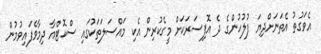
އެވަގުތު އެތަނަށްދިޔަ ފުލުހުންގެ ދެ އޮފިސަރަކަށް މީގެކުރިން އެކި މައްސަލަތަކުގައި ސްކޮޓްއާ ދިމާވެފައިވުމުން